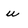
Character: u